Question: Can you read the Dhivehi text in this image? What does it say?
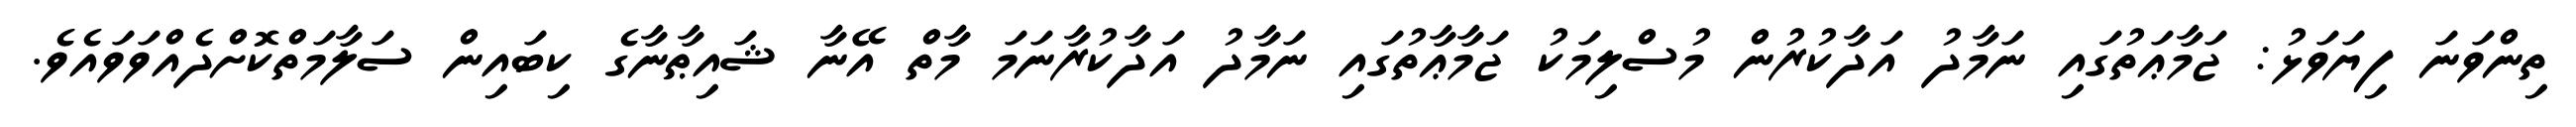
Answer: ތިންވަނަ ފިޔަވަޅު: ޖަމާޢަތުގައި ނަމާދު އަދާކުރުން މުސްލިމަކު ޖަމާޢާތުގައި ނަމާދު އަދާކުރާނަމަ މާތް އޭނާ ޝައިޠާނާގެ ކިބައިން ސަލާމަތްކޮށްދެއްވަވައެވެ.